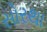
સોરથા